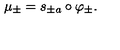
\mu _ { \pm } = s _ { \pm a } \circ \varphi _ { \pm } .